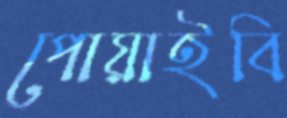
পোয়াইবি